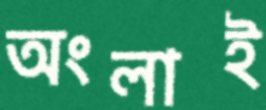
অংলাই